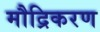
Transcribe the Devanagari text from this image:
मौद्रिकरण